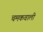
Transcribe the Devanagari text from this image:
चमकवाली